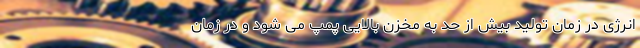
انرژی در زمان تولید بیش از حد به مخزن بالایی پمپ می شود و در زمان